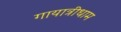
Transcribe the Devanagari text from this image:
गायात्रीधाम